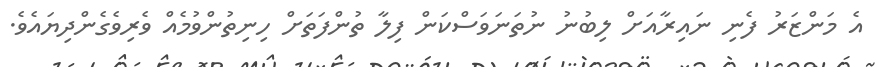
އެ މަންޒަރު ފެނި ނައިރާއަށް ލިބުނު ނުތަނަވަސްކަން ފިލާ ތުންފަތަށް ހިނިތުންވުމެއް ވެރިވެގެންދިޔައެވެ.